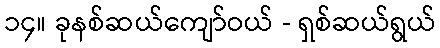
၁၄။ ခုနစ်ဆယ်ကျော်ဝယ် - ရှစ်ဆယ်ရွယ်